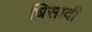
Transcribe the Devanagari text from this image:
धिसादी